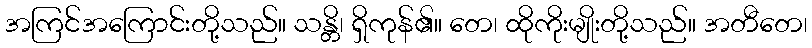
အကြင်အကြောင်းတို့သည်။ သန္တိ၊ ရှိကုန်၏။ တေ၊ ထိုကိုးမျိုးတို့သည်။ အတီတေ၊